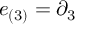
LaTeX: e _ { ( 3 ) } = \partial _ { 3 }